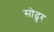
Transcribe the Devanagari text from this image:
सोढुर